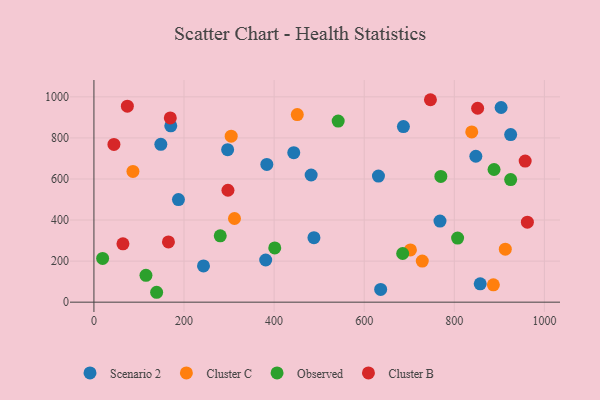
{"axis": {"x": "Investment", "y": "Sales"}, "legend": ["Cluster B", "Cluster C", "Observed", "Scenario 2"], "data": [{"x": "631.6", "y": 614.0, "type": "Scenario 2"}, {"x": "636.5", "y": 62.3, "type": "Scenario 2"}, {"x": "482.2", "y": 619.4, "type": "Scenario 2"}, {"x": "768.2", "y": 395.0, "type": "Scenario 2"}, {"x": "687.0", "y": 855.3, "type": "Scenario 2"}, {"x": "148.5", "y": 768.7, "type": "Scenario 2"}, {"x": "443.6", "y": 727.9, "type": "Scenario 2"}, {"x": "925.1", "y": 816.3, "type": "Scenario 2"}, {"x": "296.8", "y": 742.9, "type": "Scenario 2"}, {"x": "243.2", "y": 176.5, "type": "Scenario 2"}, {"x": "903.9", "y": 948.2, "type": "Scenario 2"}, {"x": "383.8", "y": 670.8, "type": "Scenario 2"}, {"x": "187.6", "y": 499.8, "type": "Scenario 2"}, {"x": "381.3", "y": 205.4, "type": "Scenario 2"}, {"x": "488.4", "y": 314.2, "type": "Scenario 2"}, {"x": "170.6", "y": 858.7, "type": "Scenario 2"}, {"x": "847.8", "y": 710.6, "type": "Scenario 2"}, {"x": "857.5", "y": 89.5, "type": "Scenario 2"}, {"x": "702.6", "y": 254.4, "type": "Cluster C"}, {"x": "86.6", "y": 636.8, "type": "Cluster C"}, {"x": "913.2", "y": 258.3, "type": "Cluster C"}, {"x": "451.4", "y": 913.7, "type": "Cluster C"}, {"x": "886.7", "y": 84.7, "type": "Cluster C"}, {"x": "728.9", "y": 200.2, "type": "Cluster C"}, {"x": "312.0", "y": 407.6, "type": "Cluster C"}, {"x": "304.7", "y": 808.6, "type": "Cluster C"}, {"x": "838.7", "y": 829.3, "type": "Cluster C"}, {"x": "280.4", "y": 323.1, "type": "Observed"}, {"x": "401.4", "y": 264.2, "type": "Observed"}, {"x": "19.3", "y": 213.0, "type": "Observed"}, {"x": "542.2", "y": 882.1, "type": "Observed"}, {"x": "925.1", "y": 597.0, "type": "Observed"}, {"x": "807.3", "y": 312.1, "type": "Observed"}, {"x": "685.4", "y": 237.1, "type": "Observed"}, {"x": "888.2", "y": 646.2, "type": "Observed"}, {"x": "115.5", "y": 130.9, "type": "Observed"}, {"x": "770.1", "y": 612.6, "type": "Observed"}, {"x": "139.2", "y": 48.2, "type": "Observed"}, {"x": "64.4", "y": 284.3, "type": "Cluster B"}, {"x": "44.4", "y": 768.5, "type": "Cluster B"}, {"x": "74.2", "y": 954.6, "type": "Cluster B"}, {"x": "169.5", "y": 897.5, "type": "Cluster B"}, {"x": "962.2", "y": 389.7, "type": "Cluster B"}, {"x": "297.5", "y": 545.0, "type": "Cluster B"}, {"x": "957.3", "y": 687.3, "type": "Cluster B"}, {"x": "851.8", "y": 944.6, "type": "Cluster B"}, {"x": "165.4", "y": 293.5, "type": "Cluster B"}, {"x": "747.0", "y": 986.0, "type": "Cluster B"}]}